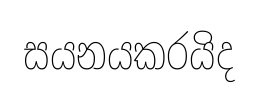
සයනයකරයිද